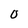
Character: O